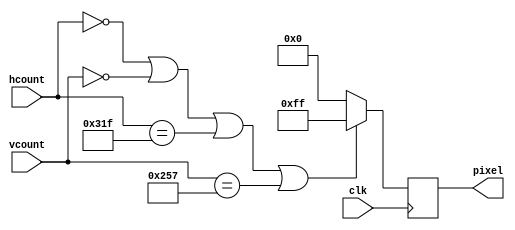
//  ===================================================================================
//  								  Define Module, Inputs and Outputs
//												* Draw game board *
//  ===================================================================================
module board ( 
		hcount, 
		vcount,
		clk,
		pixel 
);

// ====================================================================================
// 										Port Declarations
// ====================================================================================
	input [10:0] hcount;
	input [9:0]  vcount;
	input 		 clk;
	output [7:0] pixel;

// ====================================================================================
// 								Parameters, Register, and Wires
// ====================================================================================
	reg [7:0] 	 pixel;

//  ===================================================================================
// 							  				Implementation
//  ===================================================================================
					
		always @(posedge clk) 
		begin
			if ( hcount == 0 || vcount == 0 || hcount == 799 || vcount == 599 )
				pixel <= 8'hFF;
			else
				pixel <= 8'b0;
		end
					
endmodule